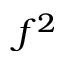
f ^ { 2 }